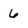
Character: 6